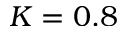
K = 0 . 8